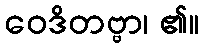
ဝေဒိတဗ္ဗာ၊ ၏။